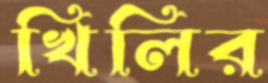
খিলির